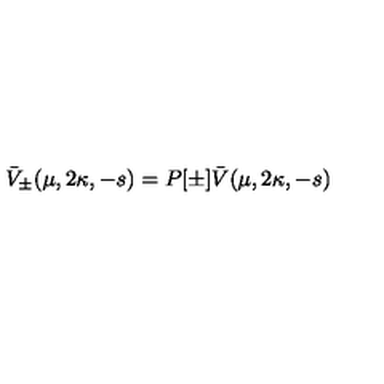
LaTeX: \bar { V } _ { \pm } ( \mu , 2 \kappa , - s ) = P [ \pm ] \bar { V } ( \mu , 2 \kappa , - s )